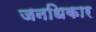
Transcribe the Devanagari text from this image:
जनधिकार